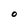
Character: O